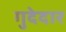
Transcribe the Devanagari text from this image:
गुदेदार